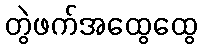
တွဲဖက်အထွေထွေ